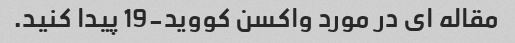
مقاله ای در مورد واکسن کووید-19 پیدا کنید.